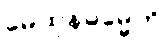
မေထုနဓမ္မေတိ